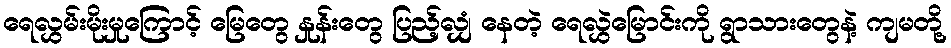
ရေလွှမ်းမိုးမှုကြောင့် မြေတွေ နှုန်းတွေ ပြည့်လျှံ နေတဲ့ ရေလွှဲမြောင်းကို ရွာသားတွေနဲ့ ကျမတို့